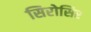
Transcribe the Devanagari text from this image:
सिरोसिर